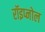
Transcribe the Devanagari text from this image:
रॉइप्नोल